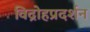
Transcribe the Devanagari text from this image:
विद्रोहप्रदर्शन